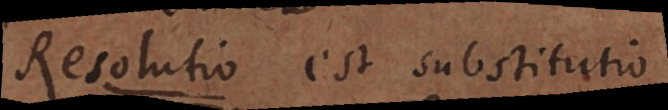
Resolutio est substitutio